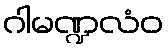
ဂါမဏ္ဍလံဝ